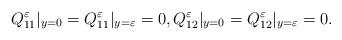
LaTeX: \begin{align*}Q_{11}^\varepsilon|_{y=0}=Q_{11}^\varepsilon|_{y=\varepsilon}=0, Q_{12}^\varepsilon|_{y=0}=Q_{12}^\varepsilon|_{y=\varepsilon}=0. \end{align*}